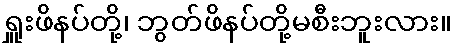
ရှူးဖိနပ်တို့၊ ဘွတ်ဖိနပ်တို့မစီးဘူးလား။